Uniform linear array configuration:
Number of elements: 12
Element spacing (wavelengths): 1
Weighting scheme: kaiser
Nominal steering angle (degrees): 60
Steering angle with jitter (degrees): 61.251
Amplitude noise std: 0.05
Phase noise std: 0.05

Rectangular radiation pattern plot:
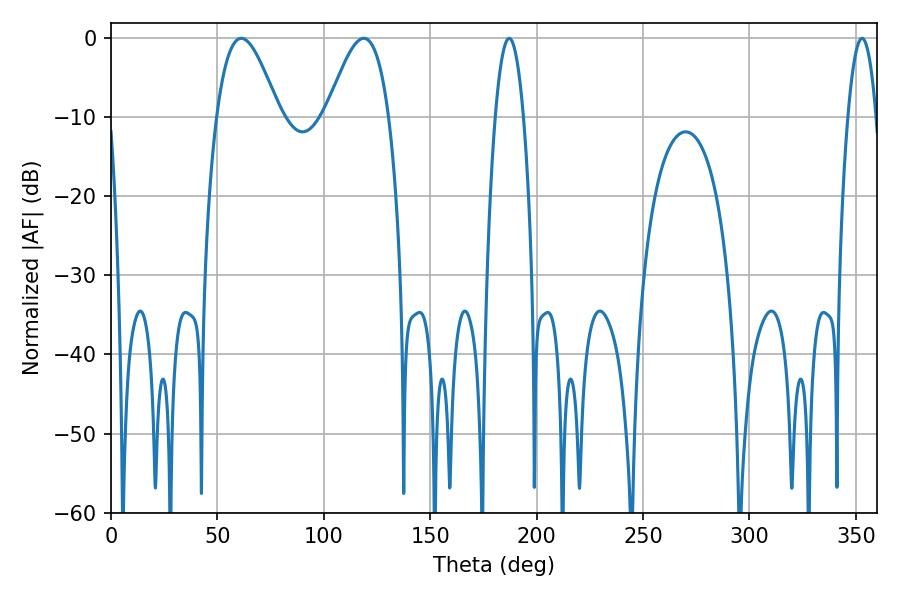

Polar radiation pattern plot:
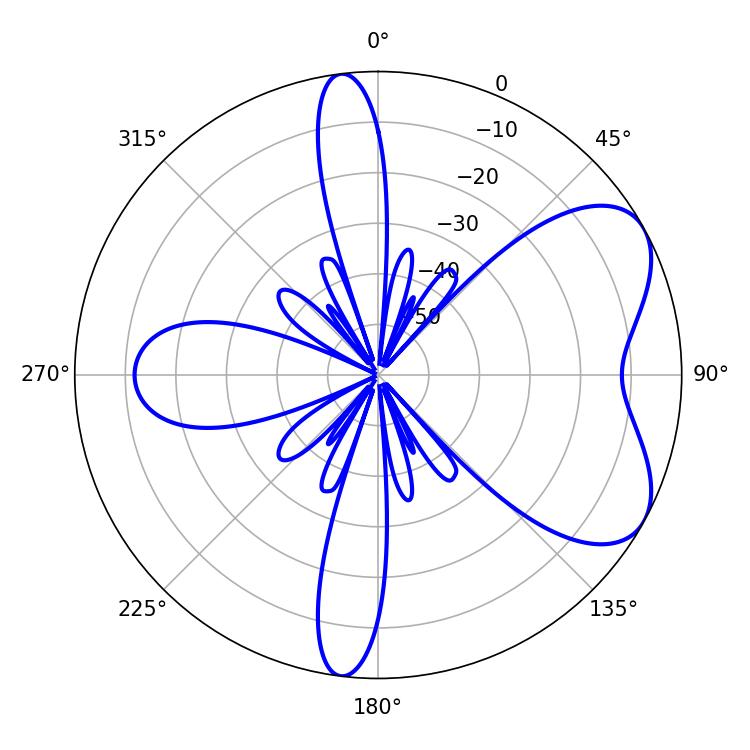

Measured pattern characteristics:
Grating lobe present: TRUE
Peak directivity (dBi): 6.031
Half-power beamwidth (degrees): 15.84
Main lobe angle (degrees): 61.2